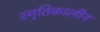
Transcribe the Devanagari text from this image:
स्मृतिकालीन